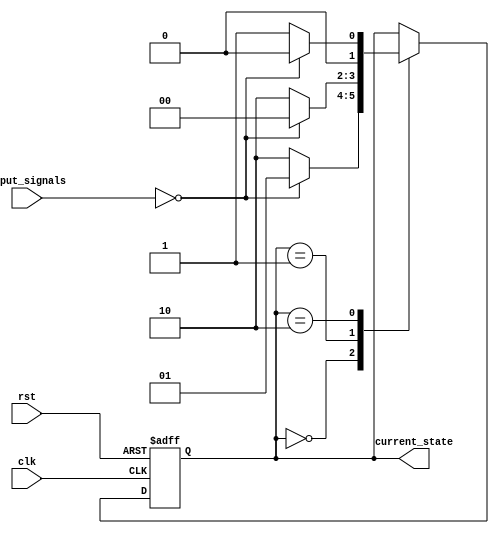
module state_machine (
    input wire clk,
    input wire rst,
    input wire [1:0] input_signals,
    output reg [1:0] current_state
);

// Define a finite set of states
parameter STATE_A = 2'b00;
parameter STATE_B = 2'b01;
parameter STATE_C = 2'b10;

// Define transitions between states based on input signals
always @(posedge clk or posedge rst) begin
    if (rst) begin
        current_state <= STATE_A;
    end else begin
        case (current_state)
            STATE_A: begin
                if (input_signals == 2'b00) begin
                    current_state <= STATE_B;
                end else begin
                    current_state <= STATE_C;
                end
            end
            STATE_B: begin
                if (input_signals == 2'b00) begin
                    current_state <= STATE_A;
                end else begin
                    current_state <= STATE_C;
                end
            end
            STATE_C: begin
                if (input_signals == 2'b00) begin
                    current_state <= STATE_A;
                end else begin
                    current_state <= STATE_B;
                end
            end
        endcase
    end
end

endmodule